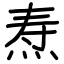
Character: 焘